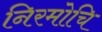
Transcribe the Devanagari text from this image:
निरमोचि